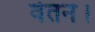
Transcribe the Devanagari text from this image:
वेतन।